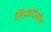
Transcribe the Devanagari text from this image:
सिडकोदेखील